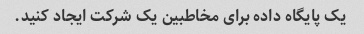
یک پایگاه داده برای مخاطبین یک شرکت ایجاد کنید.